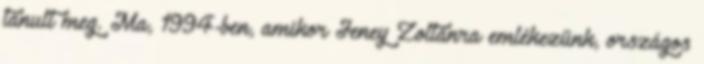
tanult meg. Ma, 1994-ben, amikor Jeney Zoltánra emlékezünk, országos